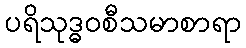
ပရိသုဒ္ဓဝစီသမာစာရာ